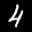
Label: 4